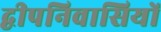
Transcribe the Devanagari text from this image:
द्वीपनिवासियों